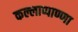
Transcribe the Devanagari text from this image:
कल्लाप्पाण्णा